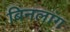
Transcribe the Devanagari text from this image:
बिनलांग